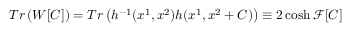
T r \left( W [ C ] \right) = T r \left( h ^ { - 1 } ( x ^ { 1 } , x ^ { 2 } ) h ( x ^ { 1 } , x ^ { 2 } + C ) \right) \equiv 2 \cosh { \mathcal { F } [ C ] }